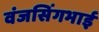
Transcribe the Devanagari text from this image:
वंजसिंगभाई